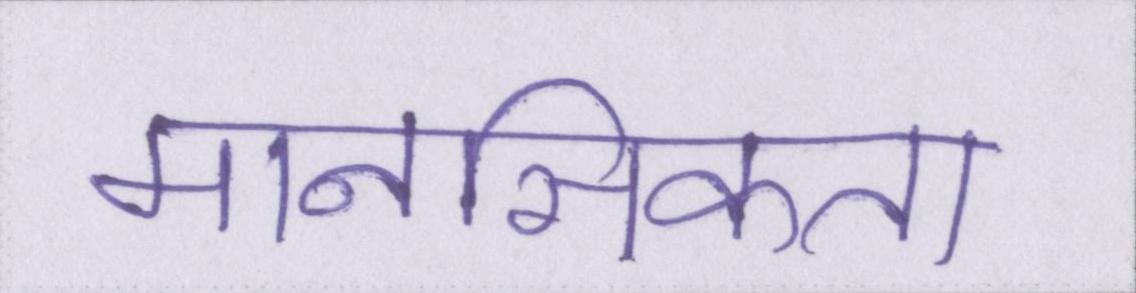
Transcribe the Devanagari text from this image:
मानसिकता